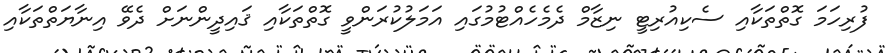
ފުރިހަމަ ގޮތްތަކާއި ސެކިއުރިޓީ ނިޒާމް ދެމެހެއްޓުމުގައި އަމަލުކުރަންވީ ގޮތްތަކާއި ޤައިދީންނަށް ދެވޭ އިނާޔަތްތަކާއި